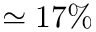
\simeq 1 7 \%